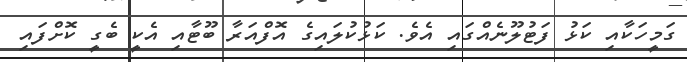
ގަމީހަކާއި ކަޅު ފަޓުލޫނެއްގައި އެވެ. ކަޅުކުލައިގެ އޮފްއަރާ ބޫޓާއި އެކީ ބެގީ ކޮށްފައި